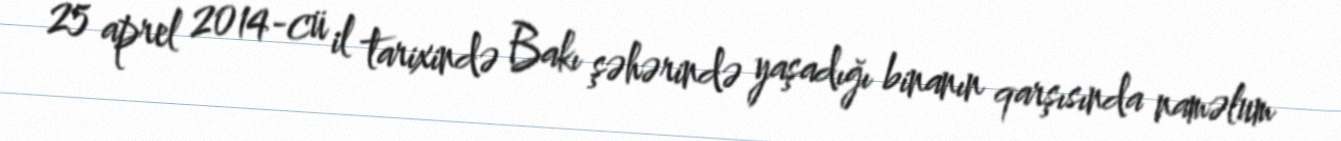
25 aprel 2014-cü il tarixində Bakı şəhərində yaşadığı binanın qarşısında naməlum